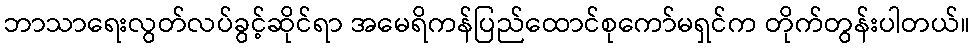
ဘာသာရေးလွတ်လပ်ခွင့်ဆိုင်ရာ အမေရိကန်ပြည်ထောင်စုကော်မရှင်က တိုက်တွန်းပါတယ်။